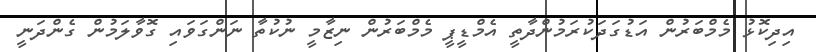
އިދިކޮޅު މެމްބަރުން އަޑުގަދަކުރަމުންދާތީ އެމްޑީޕީ މެމްބަރުން ނިޒާމީ ނުކުތާ ނަންގަވައި ގޮވާލަމުން ގެންދަނީ